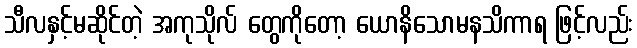
သီလနှင့်မဆိုင်တဲ့ အကုသိုလ် တွေကိုတော့ ယောနိသောမနသိကာရ ဖြင့်လည်း